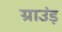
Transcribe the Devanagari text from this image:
ग्राउंड़